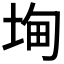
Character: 𭎧